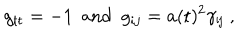
g _ { \sf t t } = - 1 ~ ~ \mathrm { a n d } ~ ~ g _ { i j } = a ( \sf t ) ^ { 2 } \gamma _ { i j } \; ,